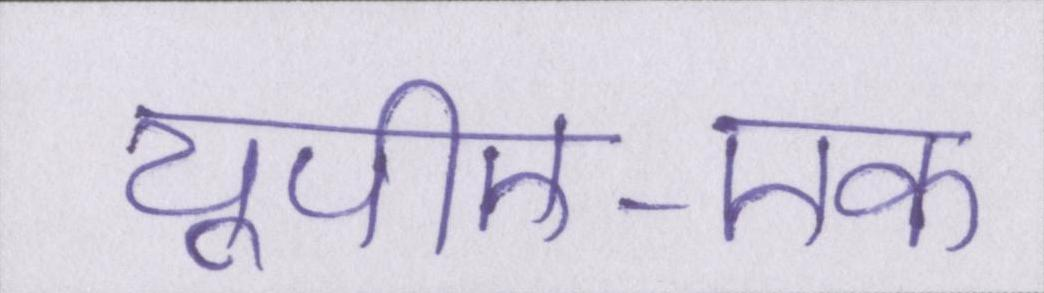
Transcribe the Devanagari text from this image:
यूपीए-एक